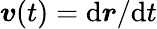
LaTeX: \boldsymbol{v}(t)=\mathrm{d}\boldsymbol{r}/\mathrm{d}t